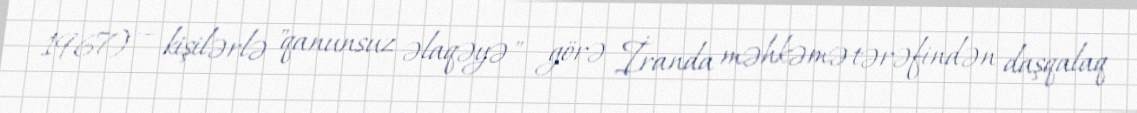
1967) — kişilərlə "qanunsuz əlaqəyə" görə İranda məhkəmə tərəfindən daşqalaq